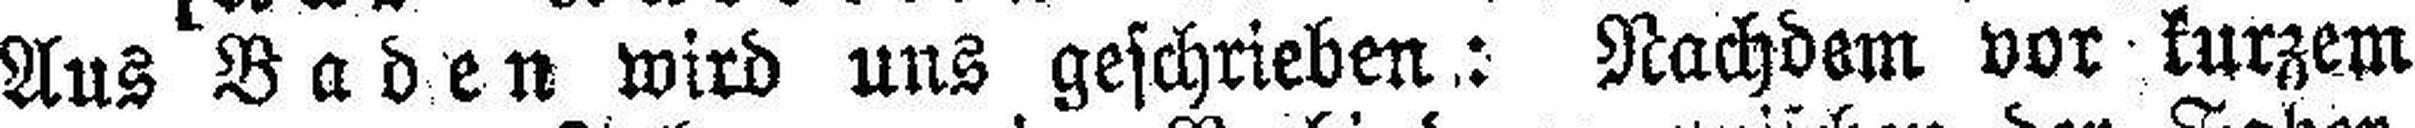
Aus Baden wird uns geschrieben: Nachdem vor kurzem